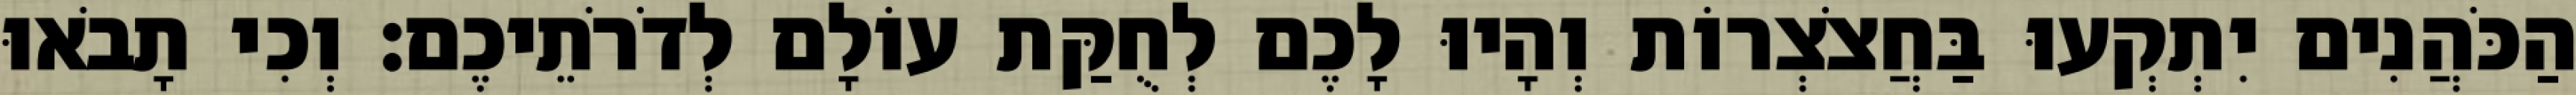
הַכֹּהֲנִים יִתְקְעוּ בַּחֲצֹצְרוֹת וְהָיוּ לָכֶם לְחֻקַּת עוֹלָם לְדֹרֹתֵיכֶם׃ וְכִי תָבֹאוּ